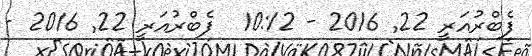
ފެބްރުއަރީ 22